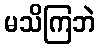
မသိကြဘဲ